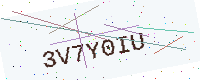
Text: 3V7Y0IU